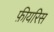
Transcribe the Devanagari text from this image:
फ़ीयरिस